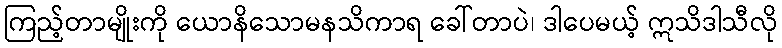
ကြည့်တာမျိုးကို ယောနိသောမနသိကာရ ခေါ်တာပဲ၊ ဒါပေမယ့် ဣသိဒါသီလို